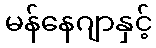
မန်နေဂျာနှင့်